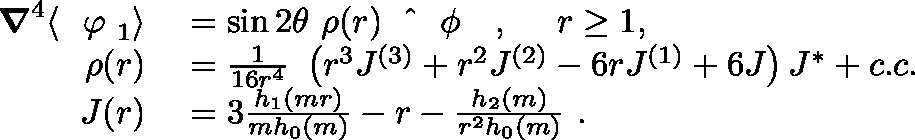
\begin{array} { r l } { \ensuremath { \boldsymbol { \nabla } } ^ { 4 } \langle \ensuremath { \mathrm { ~ \boldmath ~ \varphi ~ } } _ { 1 } \rangle } & { { } = \sin 2 \theta ~ \rho ( r ) \ensuremath { \mathrm { ~ \boldmath ~ \hat { ~ } { ~ { ~ \phi ~ } ~ } ~ } } , ~ ~ ~ ~ r \geq 1 , } \\ { \rho ( r ) } & { { } = \frac { 1 } { 1 6 r ^ { 4 } } ~ \left( r ^ { 3 } J ^ { ( 3 ) } + r ^ { 2 } J ^ { ( 2 ) } - 6 r J ^ { ( 1 ) } + 6 J \right) J ^ { * } + c . c . } \\ { J ( r ) } & { { } = 3 \frac { h _ { 1 } ( m r ) } { m h _ { 0 } ( m ) } - r - \frac { h _ { 2 } ( m ) } { r ^ { 2 } h _ { 0 } ( m ) } ~ . } \end{array}